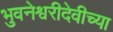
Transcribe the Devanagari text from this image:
भुवनेश्वरीदेवीच्या